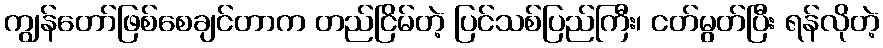
ကျွန်တော်ဖြစ်စေချင်တာက တည်ငြိမ်တဲ့ ပြင်သစ်ပြည်ကြီး၊ ငတ်မွတ်ပြီး ရန်လိုတဲ့